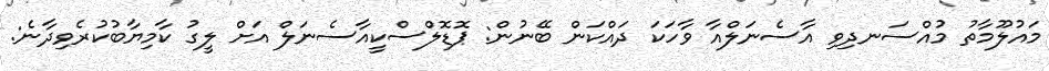
މައުލޫމާތު މުއްސަނދިވި އާސެނަލްއާ ވާހަކަ ދައްކަން ބޭނުން: ޕޮޑޮލްސްކީއާސެނަލް އަށް ލީގު ކާމިޔާބުކުރެވިދާނެ: